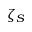
\zeta _ { S }